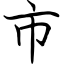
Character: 市